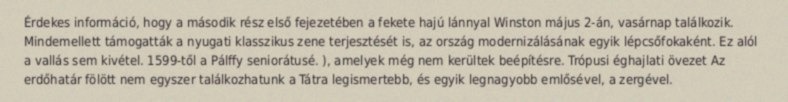
Érdekes információ, hogy a második rész első fejezetében a fekete hajú lánnyal Winston május 2-án, vasárnap találkozik. Mindemellett támogatták a nyugati klasszikus zene terjesztését is, az ország modernizálásának egyik lépcsőfokaként. Ez alól a vallás sem kivétel. 1599-től a Pálffy seniorátusé. ), amelyek még nem kerültek beépítésre. Trópusi éghajlati övezet Az erdőhatár fölött nem egyszer találkozhatunk a Tátra legismertebb, és egyik legnagyobb emlősével, a zergével.